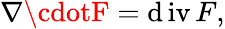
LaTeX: \nabla\cdotF=\operatorname{\mathrm{d}iv}F,